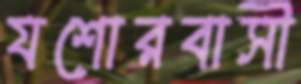
যশোরবাসী